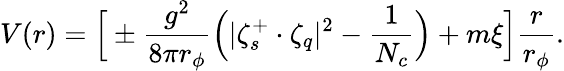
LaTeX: V(r)=\Big[\pm\frac{g^{2}}{8\pi r_{\phi}}\Big(|\zeta_{s}^{+}\cdot\zeta_{q}|^{2}-\frac{1}{N_{c}}\Big)+m\xi\Big]\frac{r}{r_{\phi}}.